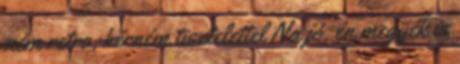
nem retro, kérném tisztelettel Na jó, én megyek is